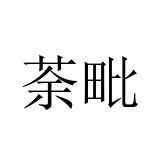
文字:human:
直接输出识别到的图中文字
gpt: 荼毗